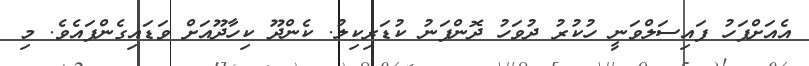
އެއަށްފަހު ފައިސަލްވަނީ ހުކުރު ދުވަހު ދޮންފަނު ކުޑަރިކިލު. ކެންދޫ ކިހާދޫއަށް ވަޑައިގެންފައެވެ. މި